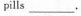
pills _________.